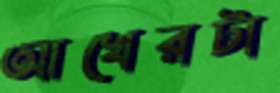
আখেরটা